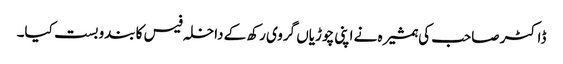
ڈاکٹر صاحب کی ہمشیرہ نے اپنی چوڑیاں گروی رکھ کے داخلہ فیس کا بندوبست کیا۔